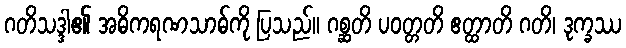
ဂတိသဒ္ဒါ၏ အဓိကရဏသာဓ်ကို ပြသည်။ ဂစ္ဆတိ ပဝတ္တတိ ဧတ္ထာတိ ဂတိ၊ ဒုက္ခဿ